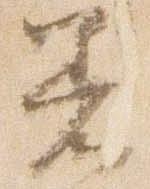
着